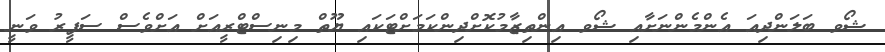
ޝޯވ ބަލަންދިއަ އެންމެންނަށާއި ޝޯވ އިންތިޒާމުކޮށްދިންކަމަށްޓަކައި ޔޫތް މިނިސްޓްރީއަށް އަށްވެސް ސަފީރު ވަނީ